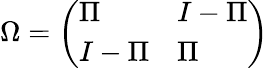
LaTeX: \Omega=\left(\begin{array}{ll}{{\Pi}}&{{I-\Pi}}\\ {{I-\Pi}}&{{\Pi}}\end{array}\right)